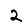
Digit: 2